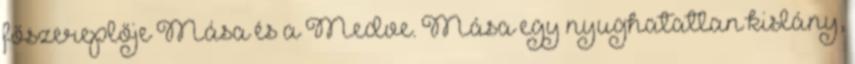
főszereplője Mása és a Medve. Mása egy nyughatatlan kislány,